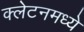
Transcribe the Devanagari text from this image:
क्लेटनमध्ये